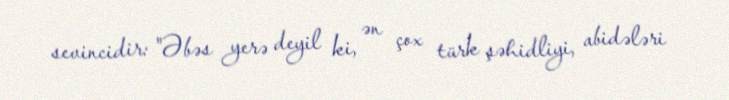
sevincidir: "Əbəs yerə deyil ki, ən çox türk şəhidliyi, abidələri